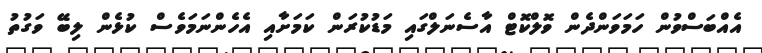
އެއްބަސްވުން ހަމަވަންދެން ވޮލްކޮޓް އާސެނަލްގައި މަޑުކުރަން ކަމަށާއި އެހެންނަމަވެސް ކުޅެން ލިބޭ ވަގުތު